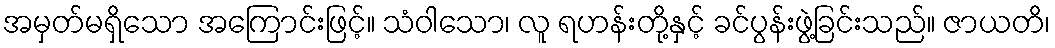
အမှတ်မရှိသော အကြောင်းဖြင့်။ သံဝါသော၊ လူ ရဟန်းတို့နှင့် ခင်ပွန်းဖွဲ့ခြင်းသည်။ ဇာယတိ၊